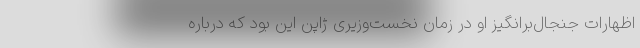
اظهارات جنجال‌برانگیز او در زمان نخست‌وزیری ژاپن این بود که درباره